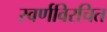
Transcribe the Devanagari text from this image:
स्वर्णविरचित